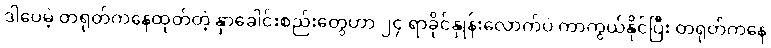
ဒါပေမဲ့ တရုတ်ကနေထုတ်တဲ့ နှာခေါင်းစည်းတွေဟာ ၂၄ ရာခိုင်နှုန်းလောက်ပဲ ကာကွယ်နိုင်ပြီး တရုတ်ကနေ